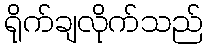
ရိုက်ချလိုက်သည်